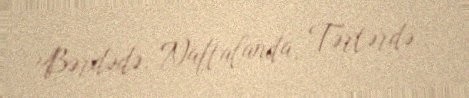
Bərdədə, Naftalanda, Tərtərdə...